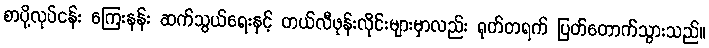
စာပို့လုပ်ငန်း ကြေးနန်း ဆက်သွယ်ရေးနှင့် တယ်လီဖုန်းလိုင်းများမှာလည်း ရုတ်တရက် ပြတ်တောက်သွားသည်။